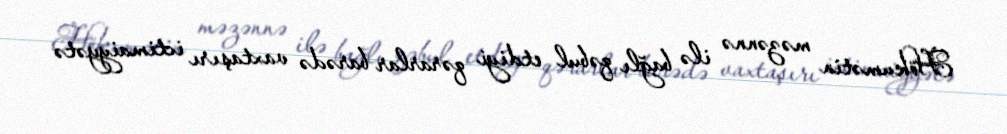
Hökumətin məzənnə ilə bağlı qəbul etdiyi qərarlar barədə vaxtaşırı ictimaiyyətə